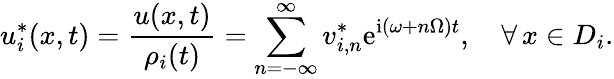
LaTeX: u_{i}^{*}(x,t)=\frac{u(x,t)}{\rho_{i}(t)}=\sum_{n=-\infty}^{\infty}v_{i,n}^{*}\mathrm{e}^{\mathrm{i}(\omega+n\Omega)t},\quad\forall\, x\in D_{i}.